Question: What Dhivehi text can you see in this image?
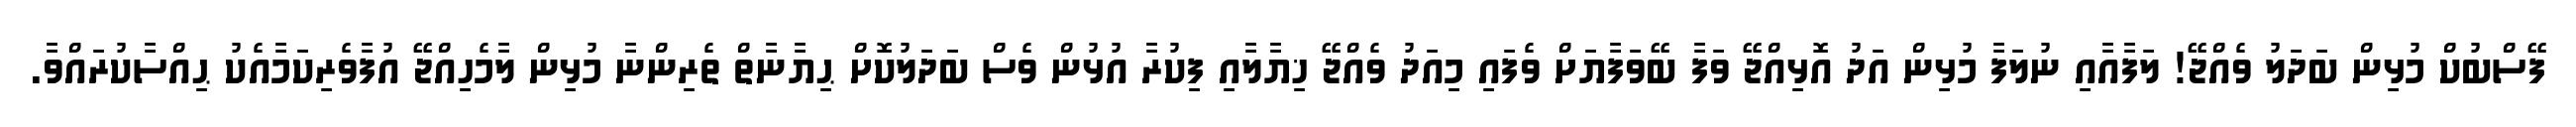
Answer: ފޭސްބުކް މުޅިން ބަދަލު ވެއްޖޭ! ލަފާއާއި ނުލަފާ މުޅިން އަދު އޮޅިއްޖޭ ވަފާ ބޭވަފާޔަށް ވެފައި މިއަދު ވެއްޖޭ ޚިޔާލާއި ފިކުރާ އުޅުން ވެސް ބަދަލުކޮށް ޙިޔާނާތް ތެރިންނާ މުޅިން ލާމެހިއްޖޭ އުފާވެރިކަމާއެކު ޙިއްސާކުރައްވާ.